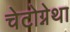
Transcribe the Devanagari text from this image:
चेटोग्नेथा